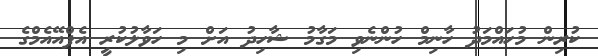
ކުރިން މުހައްމަދު ހާނިމް ހުންނެވި މަގާމު ޝާހިދު އަށް މި ހަވާލުކުރީ އެފްއޭއެމްގެ